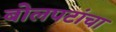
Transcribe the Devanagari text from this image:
बोलपटांचा